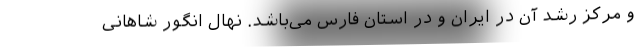
و مرکز رشد آن در ایران و در استان فارس می‌باشد. نهال انگور شاهانی